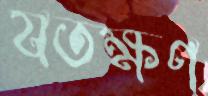
যতক্ষণ